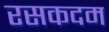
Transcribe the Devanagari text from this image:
रसकदम